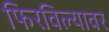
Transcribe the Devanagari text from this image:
फिरविल्यावर